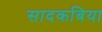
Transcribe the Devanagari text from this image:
सादकबिया